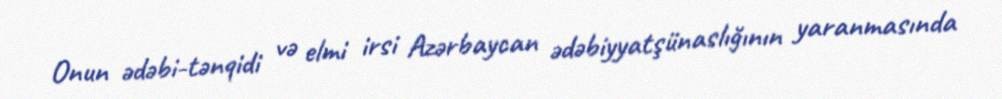
Onun ədəbi-tənqidi və elmi irsi Azərbaycan ədəbiyyatşünaslığının yaranmasında